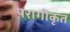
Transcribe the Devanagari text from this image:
परागीकृत